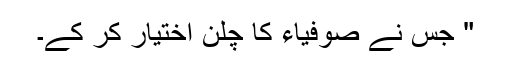
" جس نے صوفیاء کا چلن اختیار کر کے۔